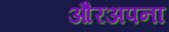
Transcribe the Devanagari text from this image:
औरअपना